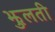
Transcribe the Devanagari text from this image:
झुलती